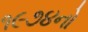
૧૯૭૪નો